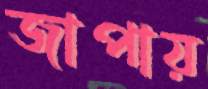
জাপায়